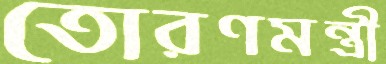
তোরণমন্ত্রী